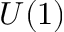
U ( 1 )